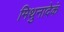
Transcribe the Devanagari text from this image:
मिथुनादेकं